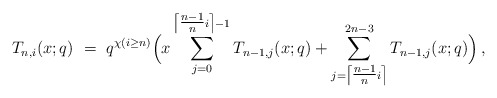
\begin{align*}T_{n,i}(x;q)\ =\ q^{\chi(i\ge n)}\Big( x\sum_{j=0}^{\left\lceil \tfrac{n-1}{n}i\right\rceil -1}T_{n-1,j}(x;q)+\sum_{j=\left\lceil \tfrac{n-1}{n}i\right\rceil }^{2n-3}T_{n-1,j}(x;q)\Big)\,,\end{align*}